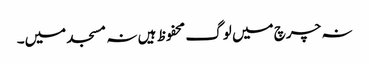
نہ چرچ میں لوگ محفوظ ہیں نہ مسجد میں۔